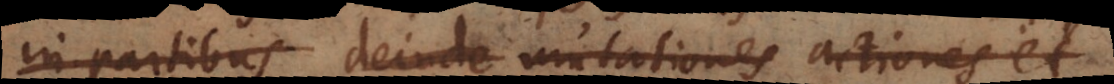
in partibus deinde mutationes actiones et